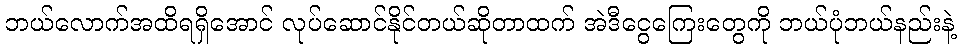
ဘယ်လောက်အထိရရှိအောင် လုပ်ဆောင်နိုင်တယ်ဆိုတာထက် အဲဒီငွေကြေးတွေကို ဘယ်ပုံဘယ်နည်းနဲ့